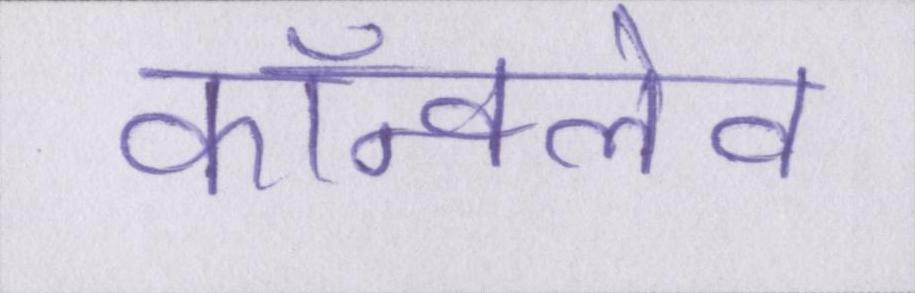
कॉन्क्लेव